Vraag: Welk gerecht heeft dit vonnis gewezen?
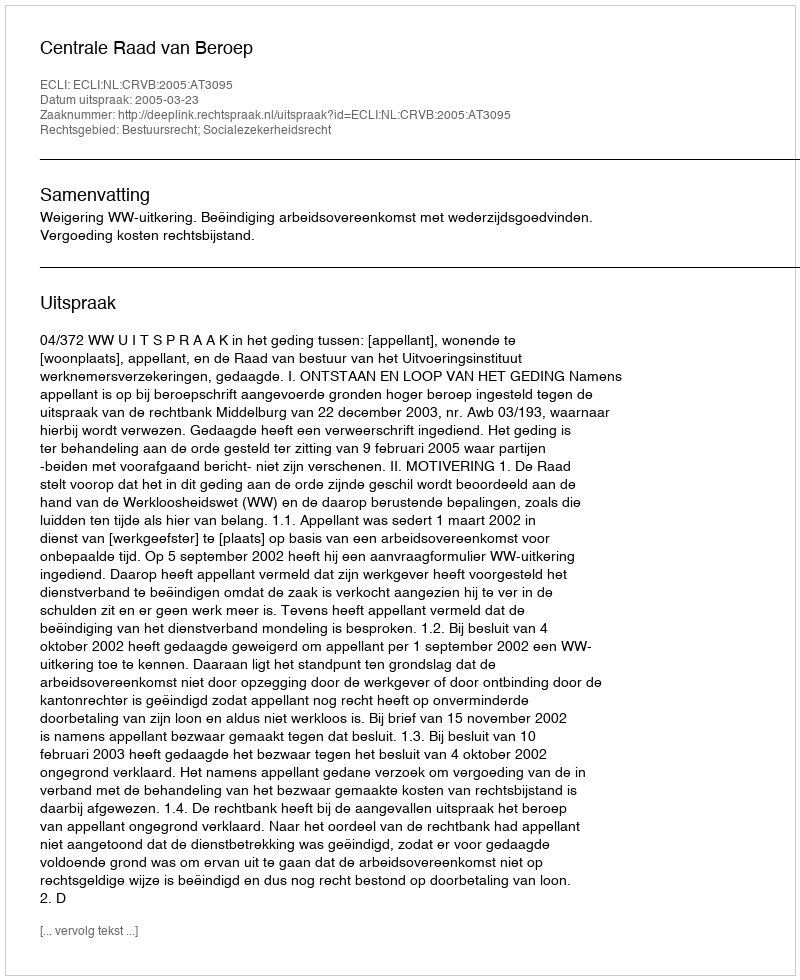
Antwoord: Centrale Raad van Beroep